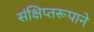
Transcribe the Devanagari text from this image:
संक्षिप्तरूपाने